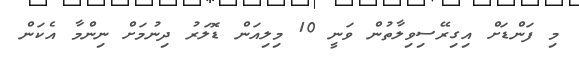
މި ފަންޑަށް އިގިރޭސިވިލާތުން ވަނީ 10 މިލިއަން ޑޮލަރު ދިނުމަށް ނިންމާ އެކަން